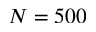
N = 5 0 0